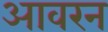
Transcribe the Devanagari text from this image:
आवरन